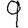
Digit: 9